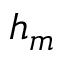
h _ { m }